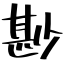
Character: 尠